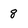
Character: 8